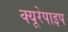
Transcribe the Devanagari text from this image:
क्यूरेपाइप